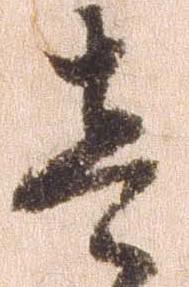
壱